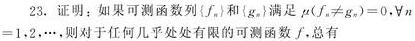
23. 证明：如果可测函数列\(\{f_n\}\)和\(\{g_n\}\)满足\(\mu(\{f_n\neq g_n\}) = 0,\forall n\in\mathbb{N}\)，则